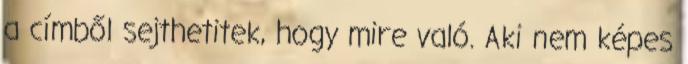
a címből sejthetitek, hogy mire való. Aki nem képes